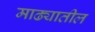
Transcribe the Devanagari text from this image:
माढ्यातील